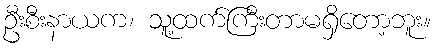
ဦးစီးနာယက၊ သူ့ထက်ကြီးတာမရှိတော့ဘူး။